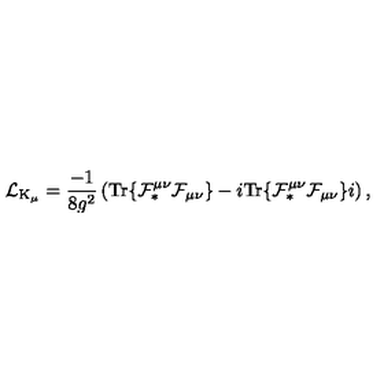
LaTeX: { \cal L } _ { \mathrm { K } _ { \mu } } = \frac { - 1 } { 8 g ^ { 2 } } \left( \mathrm { T r } \{ { \cal F } _ { \ast } ^ { \mu \nu } { \cal F } _ { \mu \nu } \} - i \mathrm { T r } \{ { \cal F } _ { \ast } ^ { \mu \nu } { \cal F } _ { \mu \nu } \} i \right) ,